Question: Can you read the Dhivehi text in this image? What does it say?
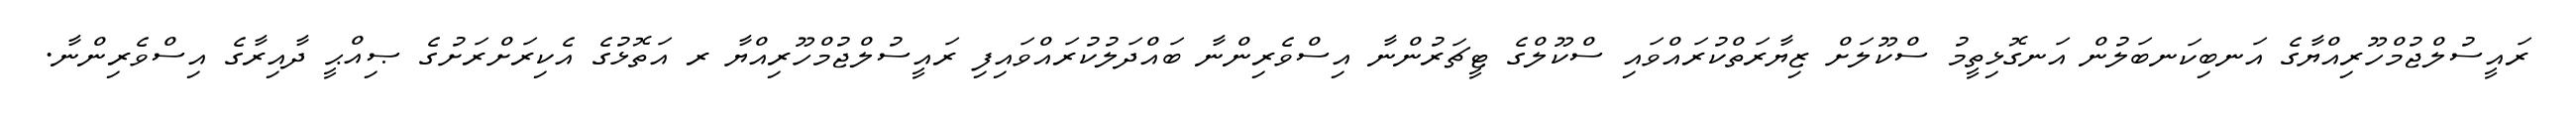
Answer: ރައީސުލްޖުމްހޫރިއްޔާގެ އަނބިކަނބަލުން އަނގޮޅިތީމު ސްކޫލަށް ޒިޔާރަތްކުރައްވައި ސްކޫލްގެ ޓީޗަރުންނާ އިސްވެރިންނާ ބައްދަލުކުރައްވައިފި ރައީސުލްޖުމްހޫރިއްޔާ ރ އަތޮޅުގެ އެކިރަށްރަށުގެ ޞިއްޙީ ދާއިރާގެ އިސްވެރިންނާ.